Insane asylums in Bengal annual reports 1867-1875 - 1867-1875
Year: 1867
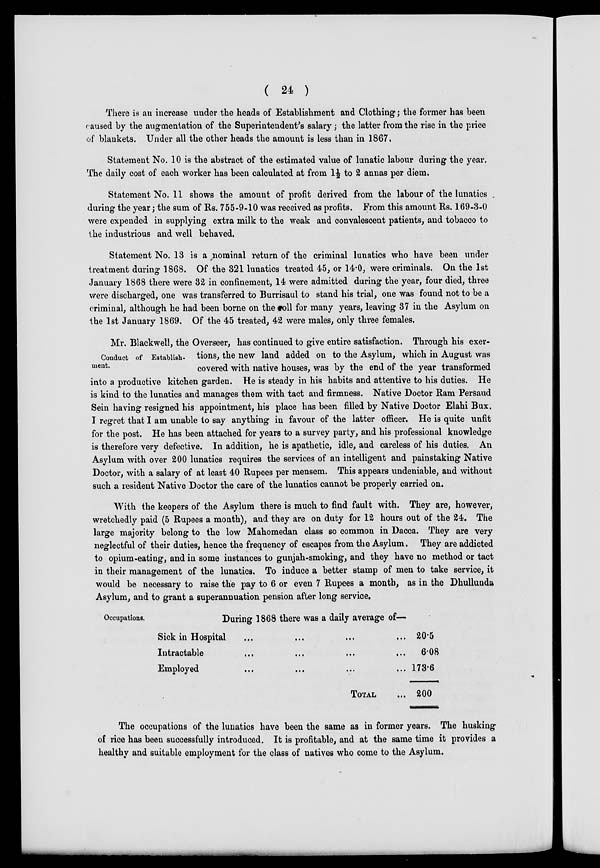
( 24 )
There is an increase under the heads of Establishment and Clothing; the former has been
caused by the augmentation of the Superintendent's salary; the latter from the rise in the price
of blankets. Under all the other heads the amount is less than in 1867.
Statement No. 10 is the abstract of the estimated value of lunatic labour during the year.
The daily cost of each worker has been calculated at from 1½ to 2 annas per diem.
Statement No. 11 shows the amount of profit derived from the labour of the lunatics
during the year; the sum of Rs. 755-9-10 was received as profits. From this amount Rs. 169-3-0
were expended in supplying extra milk to the weak and convalescent patients, and tobacco to
the industrious and well behaved.
Statement No. 13 is a nominal return of the criminal lunatics who have been under
treatment during 1868. Of the 321 lunatics treated 45, or 14.0, were criminals. On the 1st
January 1868 there were 32 in confinement, 14 were admitted during the year, four died, three
were discharged, one was transferred to Burrisaul to stand his trial, one was found not to be a
criminal, although he had been borne on the roll for many years, leaving 37 in the Asylum on
the 1st January 1869. Of the 45 treated, 42 were males, only three females.
Conduct of Establish-
ment.
Mr. Blackwell, the Overseer, has continued to give entire satisfaction. Through his exer-
tions, the new land added on to the Asylum, which in August was
covered with native houses, was by the end of the year transformed
into a productive kitchen garden. He is steady in his habits and attentive to his duties. He
is kind to the lunatics and manages them with tact and firmness. Native Doctor Ram Persaud
Sein having resigned his appointment, his place has been filled by Native Doctor Elahi Bux.
I regret that I am unable to say anything in favour of the latter officer. He is quite unfit
for the post. He has been attached for years to a survey party, and his professional knowledge
is therefore very defective. In addition, he is apathetic, idle, and careless of his duties. An
Asylum with over 200 lunatics requires the services of an intelligent and painstaking Native
Doctor, with a salary of at least 40 Rupees per mensem. This appears undeniable, and without
such a resident Native Doctor the care of the lunatics cannot be properly carried on.
With the keepers of the Asylum there is much to find fault with. They are, however,
wretchedly paid (5 Rupees a month), and they are on duty for 12 hours out of the 24. The
large majority belong to the low Mahomedan class so common in Dacca. They are very
neglectful of their duties, hence the frequency of escapes from the Asylum. They are addicted
to opium-eating, and in some instances to gunjah-smoking, and they have no method or tact
in their management of the lunatics. To induce a better stamp of men to take service, it
would be necessary to raise the pay to 6 or even 7 Rupees a month, as in the Dhullunda
Asylum, and to grant a superannuation pension after long service.
Occupations.
During 1868 there was a daily average of—
Sick in Hospital ... ... ... ...
Intractable ... ... ... ...
Employed ... ... ... ...
TOTAL ...
20.5
6.08
173.6
200
The occupations of the lunatics have been the same as in former years. The husking
of rice has been successfully introduced. It is profitable, and at the same time it provides a
healthy and suitable employment for the class of natives who come to the Asylum.